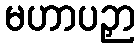
မဟာပဉှာ